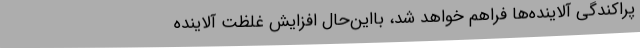
پراکندگی آلاینده‌ها فراهم خواهد شد، بااین‌حال افزایش غلظت آلاینده